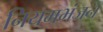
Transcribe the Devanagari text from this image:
नियमभंजन